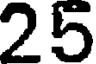
25